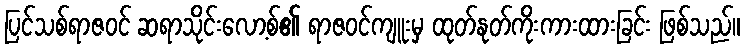
ပြင်သစ်ရာဇဝင် ဆရာသိုင်းလော့စ်၏ ရာဇဝင်ကျူးမှ ထုတ်နုတ်ကိုးကားထားခြင်း ဖြစ်သည်။